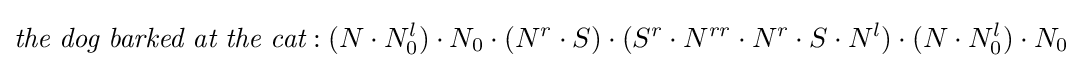
{\textit {the}}\ {\textit {dog}}\ {\textit {barked}}\ {\textit {at}}\ {\textit {the}}\ {\textit {cat}}:(N\cdot N_{0}^{l})\cdot N_{0}\cdot (N^{r}\cdot S)\cdot (S^{r}\cdot N^{rr}\cdot N^{r}\cdot S\cdot N^{l})\cdot (N\cdot N_{0}^{l})\cdot N_{0}